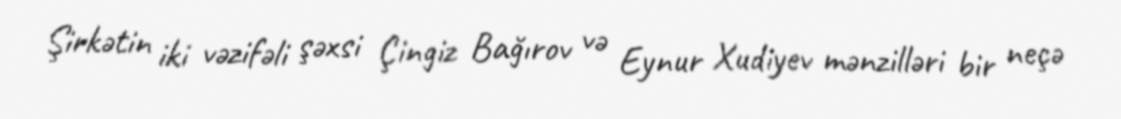
Şirkətin iki vəzifəli şəxsi Çingiz Bağırov və Eynur Xudiyev mənzilləri bir neçə